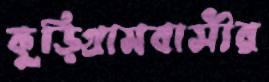
কুড়িগ্রামবাসীর